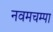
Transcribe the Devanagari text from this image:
नवमचम्पा